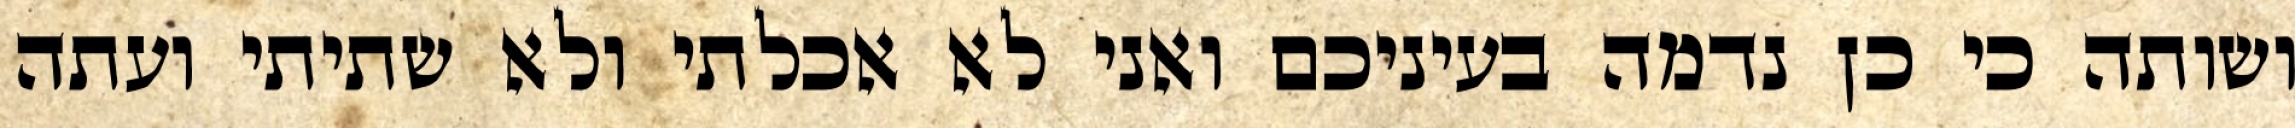
ושותה כי כן נדמה בעיניכם ואני לא אכלתי ולא שתיתי ועתה